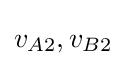
v_{A2},v_{B2}